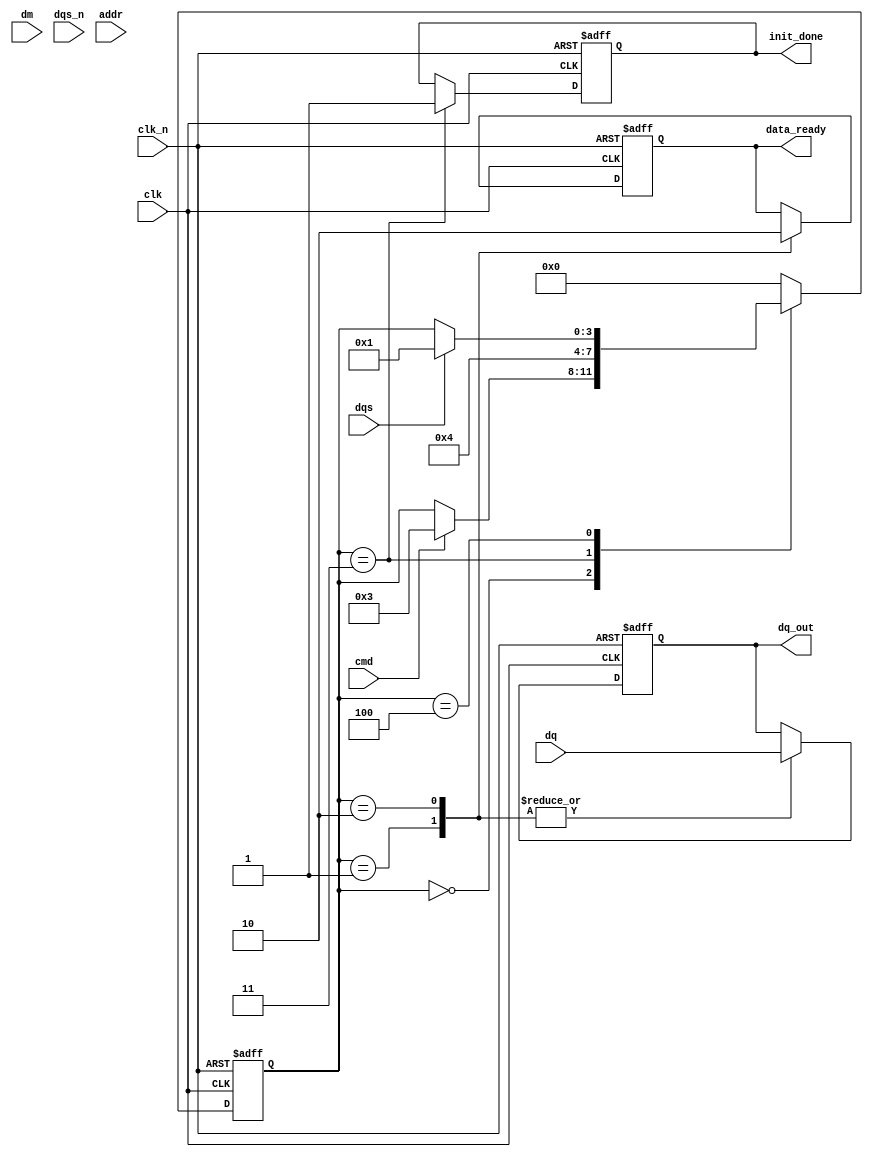
module lpddr2_io_block (
    input wire clk,                // System clock
    input wire clk_n,              // Inverted system clock
    input wire [15:0] dq,          // Data lines
    input wire [1:0] dm,           // Data mask
    input wire dqs,                // Data Strobe
    input wire dqs_n,              // Inverted Data Strobe
    input wire cmd,                // Command input
    input wire addr,               // Address input
    output reg [15:0] dq_out,      // Output data lines
    output reg data_ready,         // Data ready signal
    output reg init_done           // Initialization done signal
);

    reg [3:0] state;               // Current state for FSM
    parameter IDLE = 4'b0000,
              READ = 4'b0001,
              WRITE = 4'b0010,
              INIT = 4'b0011,
              WAIT = 4'b0100;

    // Timing control and state machine
    always @(posedge clk or negedge clk_n) begin
        if (!clk_n) begin
            state <= IDLE;
            dq_out <= 16'b0;
            data_ready <= 1'b0;
            init_done <= 1'b0;
        end else begin
            case (state)
                IDLE: begin
                    if (cmd) begin
                        state <= INIT;
                    end
                end
                
                INIT: begin
                    // Initialization logic (simplified)
                    // You would set mode registers and perform
                    // necessary hardware initialization here.
                    init_done <= 1'b1;
                    state <= WAIT;
                end
                
                WAIT: begin
                    // Wait for data strobe signals for read/write
                    if (dqs) begin
                        state <= READ;
                    end
                end
                
                READ: begin
                    // Read operation mock-up
                    dq_out <= dq; // Capture data from DQ lines
                    data_ready <= 1'b1; // Indicate data is ready
                    state <= IDLE; // Go back to IDLE
                end
                
                WRITE: begin
                    // Write operation mock-up
                    dq_out <= dq; // Capture data to send to memory (not actual write logic)
                    data_ready <= 1'b0; // Reset data ready
                    state <= IDLE; // Go back to IDLE
                end
                
                default: state <= IDLE; // Safety state
            endcase
        end
    end

    // Power management and low-power states (simplified)
    always @(posedge clk) begin
        if (init_done) begin
            // Power management logic could be implemented here
            // For example, entering low-power mode based on conditions
        end
    end

endmodule